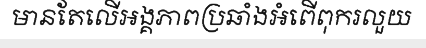
មានតែលើអង្គភាពប្រឆាំងអំពើពុករលួយ